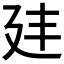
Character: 𭚔